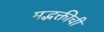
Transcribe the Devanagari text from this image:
मद्भक्तीची